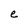
Character: e